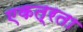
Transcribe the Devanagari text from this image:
एकत्रता